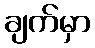
ချက်မှာ